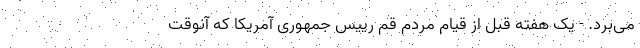
می‌برد. - یک هفته قبل از قیام مردم قم رییس جمهوری آمریکا که آنوقت